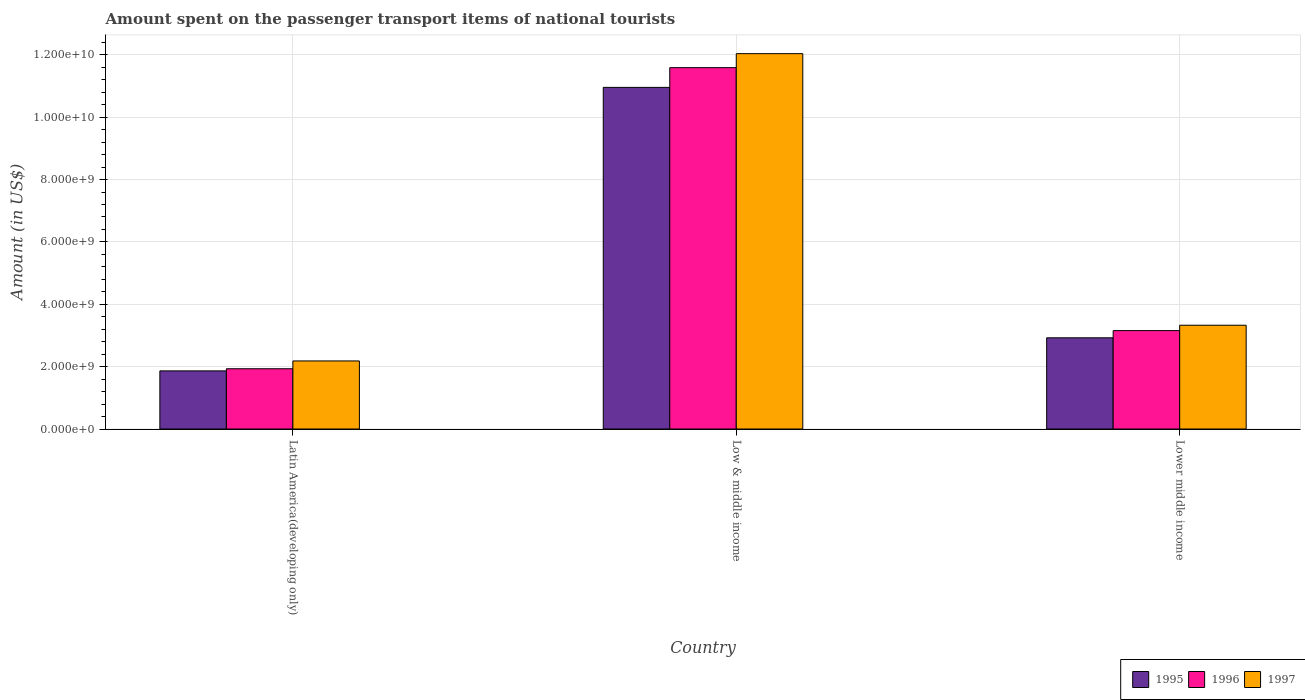
| Country | 1995 | 1996 | 1997 |
 | --- | --- | --- | --- |
 | Latin America(developing only) | 1.86e+09 | 1.93e+09 | 2.18e+09 |
 | Low & middle income | 1.1e+10 | 1.16e+10 | 1.2e+10 |
 | Lower middle income | 2.92e+09 | 3.16e+09 | 3.33e+09 |